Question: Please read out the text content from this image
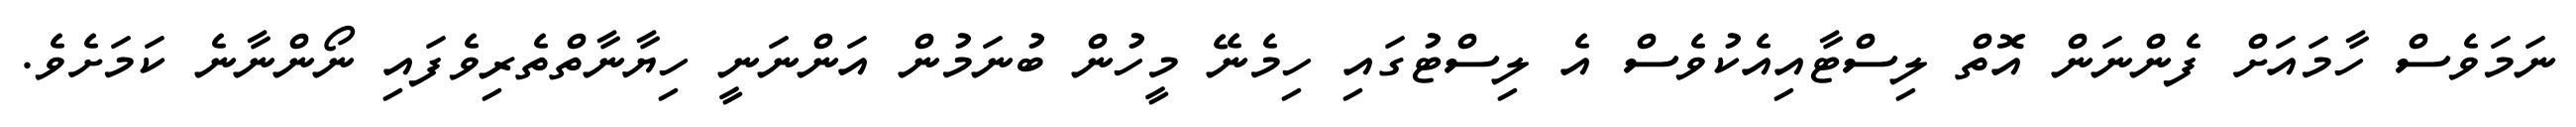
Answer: ނަމަވެސް ހާމައަށް ފެންނަން އޮތް ލިސްޓާއިއެކުވެސް އެ ލިސްޓުގައި ހިމެނޭ މީހުން ބުނަމުން އަންނަނީ ހިޔާނާތްތެރިވެފައި ނޯންނާނެ ކަމަށެވެ.